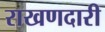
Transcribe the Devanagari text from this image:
राखणदारी